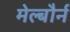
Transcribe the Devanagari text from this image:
मेल्बौर्न